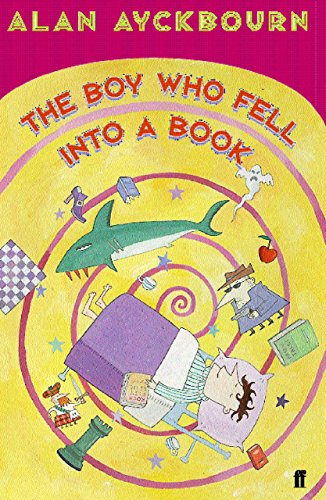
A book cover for Boy Who Fell into a Book; Alan Ayckbourn; Literature & Fiction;